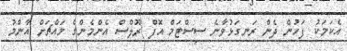
އެކަމަކު ފަހުން ދެން ރަނގަޅުވާނެ ސިސްޓަމް އޮފް ރޫލްސް އެންމެންގެ މައްޗަށް އާންމު